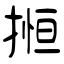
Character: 搄